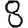
Digit: 8